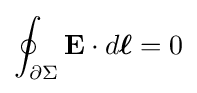
\oint _{\partial \Sigma }\mathbf {E} \cdot d{\boldsymbol {\ell }}=0